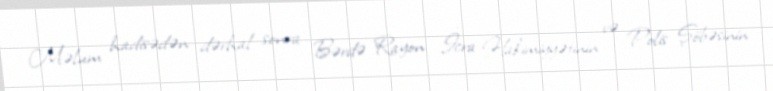
Məlum hadisədən dərhal sonra Bərdə Rayon İcra Hakimiyyətinin və Polis Şöbəsinin